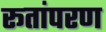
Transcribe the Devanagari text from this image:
रूतांपरण